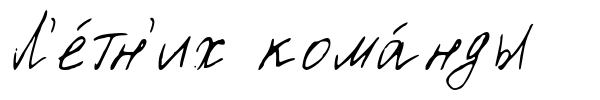
Л'е́тн'их кома́нды